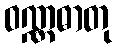
ဝဏ္ဏဓာတု